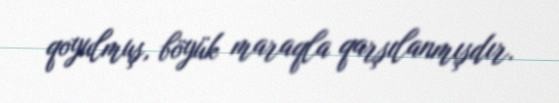
qoyulmuş, böyük maraqla qarşılanmışdır.